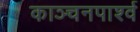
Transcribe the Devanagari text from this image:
काञ्चनपार्श्व